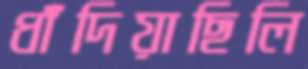
ধাঁদিয়াছিলি